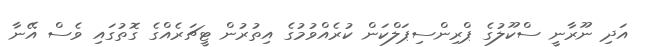
އަދި ނޫރާނީ ސްކޫލުގެ ޕްރިންސިޕަލްކަން ކުރެއްވުމުގެ އިތުރުން ޓީޗަރެއްގެ ގޮތުގައި ވެސް އޭނާ